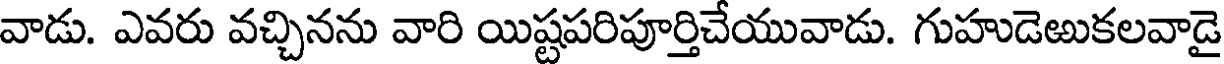
వాడు. ఎవరు వచ్చినను వారి యిష్టపరిపూర్తిచేయువాడు. గుహుడెఱుకలవాడై